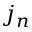
j _ { n }